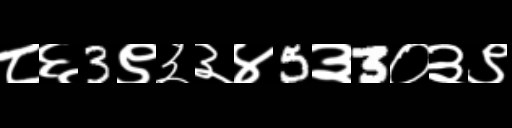
Text: ८६3९३३४5३3०३९